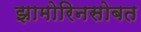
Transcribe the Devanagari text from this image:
झामोरिनसोबत